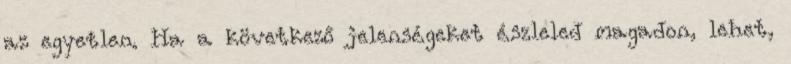
az egyetlen. Ha a következő jelenségeket észleled magadon, lehet,